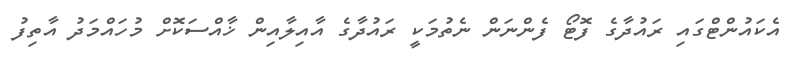
އެކައުންޓްގައި ރައުދާގެ ފޮޓޯ ފެންނަން ނެތުމަކީ ރައުދާގެ އާއިލާއިން ޚާއްސަކޮށް މުހައްމަދު އާތިފު